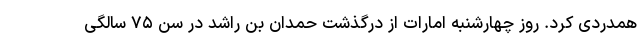
همدردی کرد. روز چهارشنبه امارات از درگذشت حمدان بن راشد در سن ۷۵ سالگی